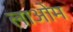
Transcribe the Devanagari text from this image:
लाओम